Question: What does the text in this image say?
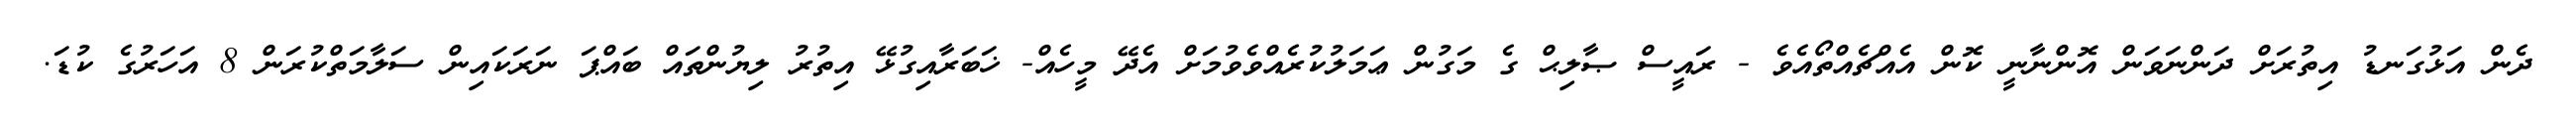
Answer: ދެން އަޅުގަނޑު އިތުރަށް ދަންނަވަން އޮންނާނީ ކޮން އެއްޗެއްތޯއެވެ - ރައީސް ޞާލިޙް ގެ މަގުން ޢަމަލުކުރެއްވެވުމަށް އެދޭ މީހެއް- ޚަބަރާއިގުޅޭ އިތުރު ލިޔުންތައް ބައްޕަ ނަރަކައިން ސަލާމަތްކުރަން 8 އަހަރުގެ ކުޑަ.